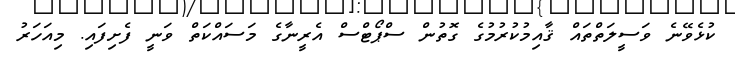
ކުޅެވޭނެ ވަސީލަތްތައް ޤާއިމުކުރުމުގެ ގޮތުން ސްޕޯޓްސް އެރީނާގެ މަސައްކަތް ވަނީ ފެށިފައި. މިއަހަރު